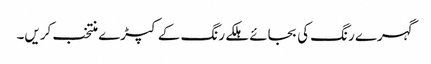
گہرے رنگ کی بجائے ہلکے رنگ کے کپڑے منتخب کریں۔